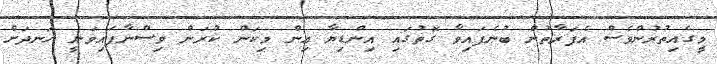
މީގެއިތުރުންވެސް އެފަރާތުން ބުނެފައިވާ ގޮތުގައި އިންޑިޔާ އިން މިކަން ކުރަން ވިސްނާފައިވަނީ ހަނދަށް